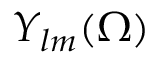
Y _ { l m } ( \Omega )